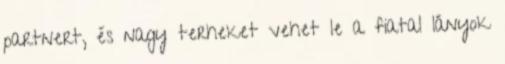
partnert, és nagy terheket vehet le a fiatal lányok